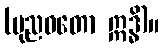
(ပုညဝတော ဣဒ္ဓိ)။